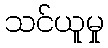
သင်ယူမှု